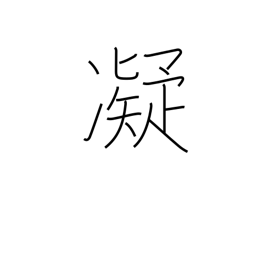
Meaning: stiff